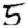
Digit: 5